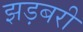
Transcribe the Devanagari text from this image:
झड़बरी